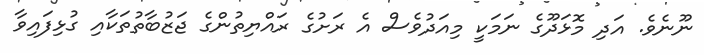
ނޫނެވެ. އަދި މޮޅަދޫގެ ނަމަކީ މިއަދުވެސް އެ ރަށުގެ ރައްޔިތުންގެ ޖަޒުބާތުތަކާއި ގުޅިފައިވާ